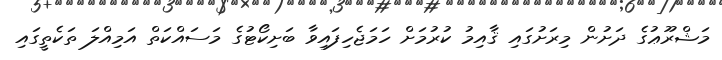
މަޝްރޫޢުގެ ދަށުން މިރަށުގައި ޤާއިމު ކުރުމަށް ހަމަޖެހިފައިވާ ބަށިކޯޓުގެ މަސައްކަތް އަމިއްލަ ތަކެތީގައި